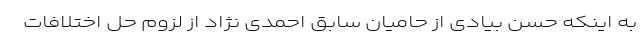
به اینکه حسن بیادی از حامیان سابق احمدی نژاد از لزوم حل اختلافات